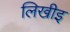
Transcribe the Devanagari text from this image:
लिखीइ